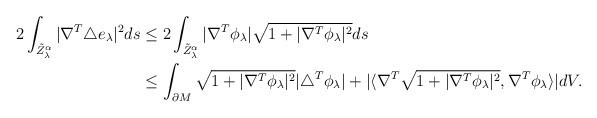
LaTeX: \begin{align*}2\int_{\tilde{Z}_\lambda^\alpha}|\nabla^T\triangle e_\lambda|^2 ds&\leq 2\int_{\tilde{Z}_\lambda^\alpha}|\nabla^T\phi_\lambda|\sqrt{1+|\nabla^T\phi_\lambda|^2} ds\\&\leq\int_{\partial M}\sqrt{1+|\nabla^T\phi_\lambda|^2}|\triangle^T\phi_\lambda|+|\langle\nabla^T \sqrt{1+|\nabla^T\phi_\lambda|^2}, \nabla^T\phi_\lambda\rangle| dV.\end{align*}